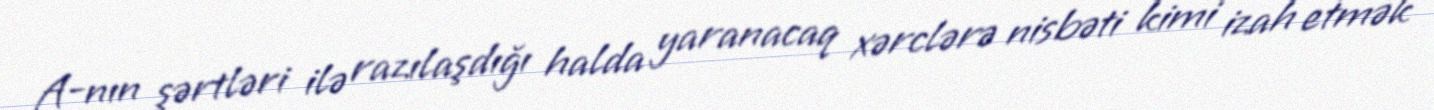
A-nın şərtləri ilə razılaşdığı halda yaranacaq xərclərə nisbəti kimi izah etmək